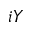
i Y